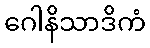
ဂေါနိသာဒိကံ